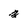
Character: z